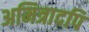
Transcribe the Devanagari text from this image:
अमित्रादपि